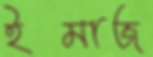
ইমাজ